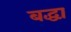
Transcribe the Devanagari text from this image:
बद्धा